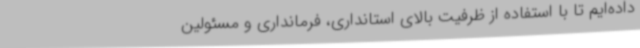
داده‌ایم تا با استفاده از ظرفیت بالای استانداری، فرمانداری و مسئولین